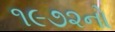
૧૯૭૨નો